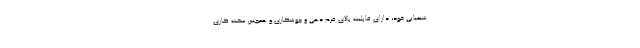
شیمیایی خود، دارای قابلیت بالای فرم دهی و جوشکاری و همچنین سخت کاری